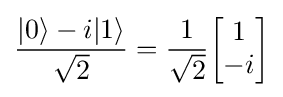
{\frac {|0\rangle -i|1\rangle }{\sqrt {2}}}={\frac {1}{\sqrt {2}}}{\begin{bmatrix}1\\-i\end{bmatrix}}